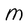
Character: m